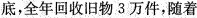
底，全年回收旧物3万件，随着